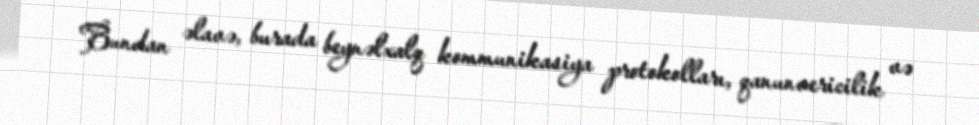
Bundan əlavə, burada beynəlxalq kommunikasiya protokolları, qanunvericilik və